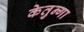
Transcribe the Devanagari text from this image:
केतुन्गा